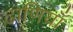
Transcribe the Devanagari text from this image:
ढाणियाँ